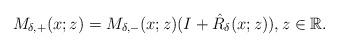
LaTeX: \begin{align*}M_{\delta,+}(x ;z)=M_{\delta,-}(x ;z)(I+ \hat{R}_{\delta}(x;z)), z \in \mathbb{R}.\end{align*}